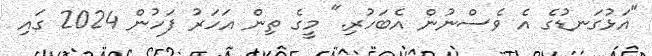
"އަޅުގަނޑުގެ އެ ވެސްނުން އެބަހުރި." މީގެ ތިން އަހަރު ފަހުން 2024 ގައި